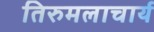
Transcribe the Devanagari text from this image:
तिरुमलाचार्य